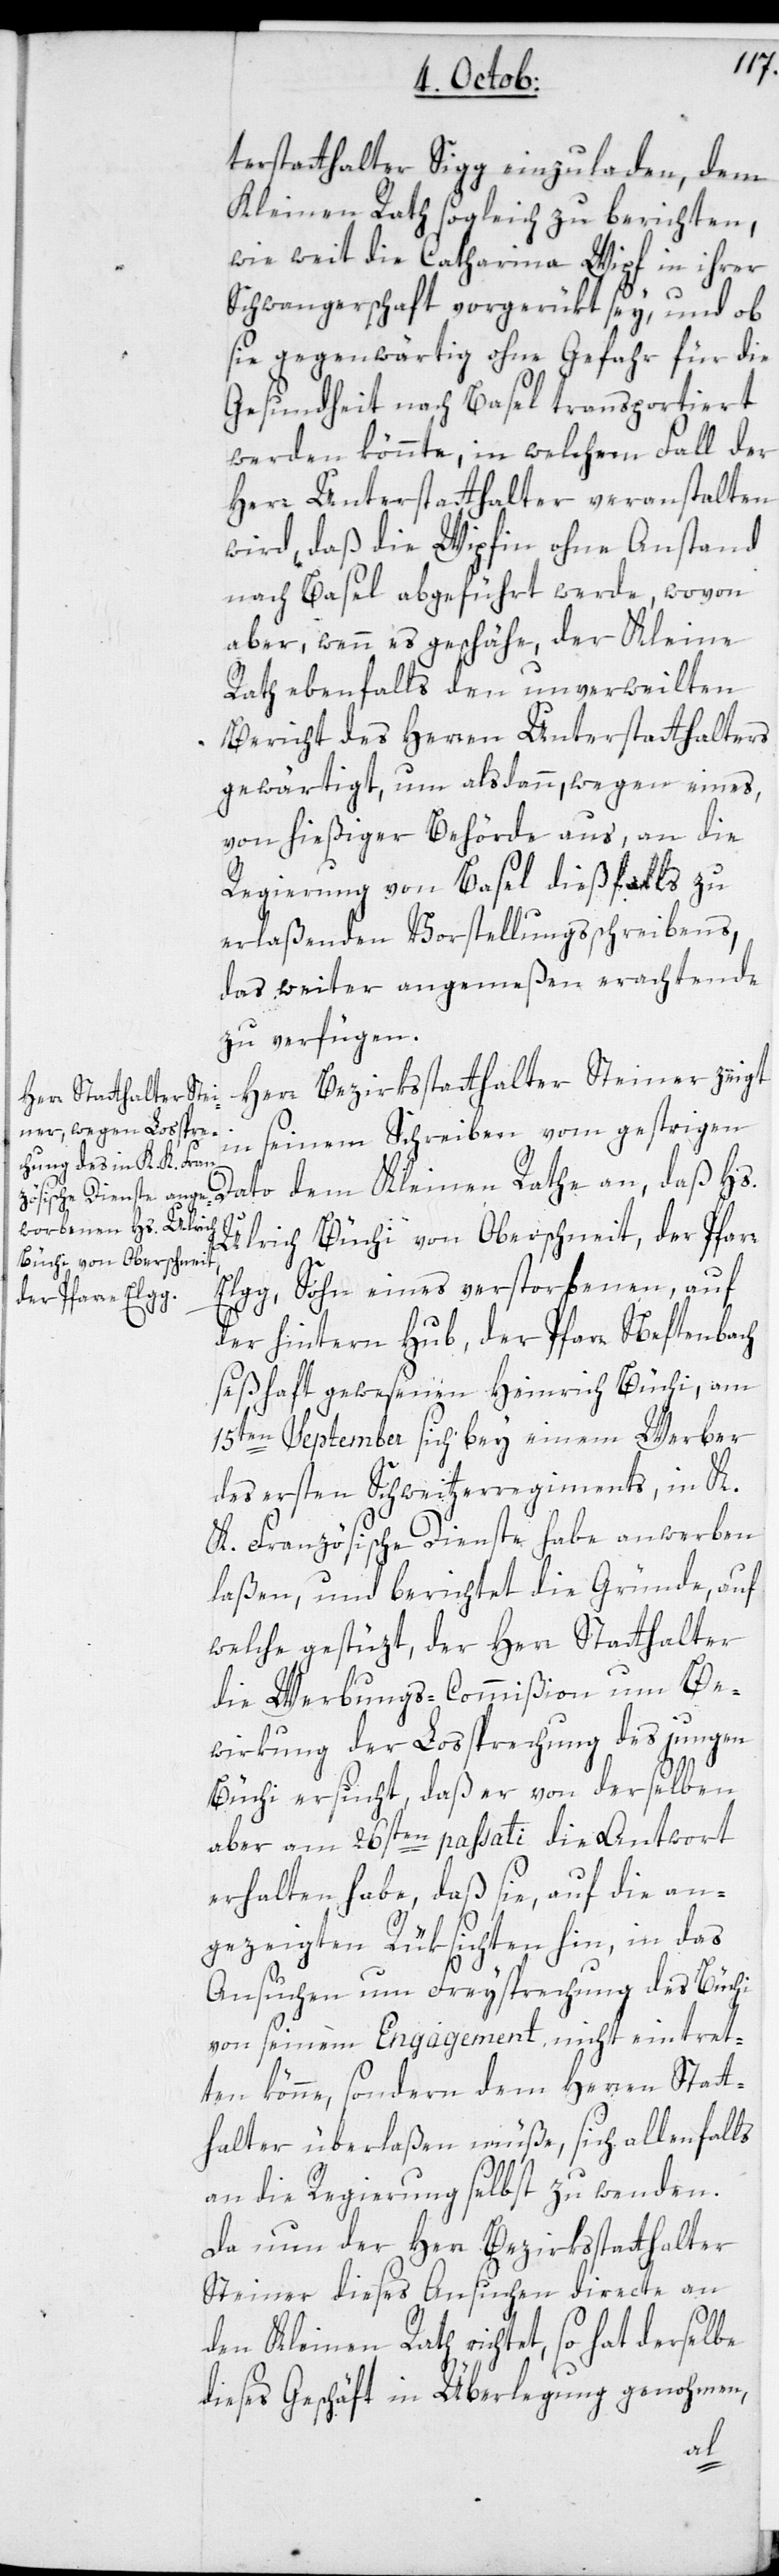
terstatthalter Sigg einzuladen, dem
Kleinen Rath sogleich zu berichten,
wie weit die Catharina Wipf in ihrer
Schwangerschaft vorgerükt sey, und ob
sie gegenwärtig ohne Gefahr für die
Gesundheit nach Basel transportiert
werden könnte, in welchem Fall der
Herr Unterstatthalter veranstalten
wird, daß die Wipfin ohne Anstand
nach Basel abgeführt werde, wovon
aber, wenn es geschähe, der Kleine
Rath ebenfalls den unverweilten
Bericht des Herren Unterstatthalters
gewärtigt, um alsdann wegen eines
von hießiger Behörde aus, an die
Regierung von Basel dießfalls zu
erlaßenden Vorstellungsschreibens,
das weiter angemeßen Erachtende
zu verfügen.
Herr Bezirksstatthalter Steiner zeigt
in seinem Schreiben vom gestrigen
Dato dem Kleinen Rathe an, daß Hs.
Ulrich Büchi von Oberschneit, der Pfarre
Elgg, Sohn eines verstorbenen, auf
der hintern Hub, der Pfarre Neftenbach
seßhaft gewesenen Heinrich Büchi, am
15ten September sich bey einem Werber
des ersten Schweitzerregiments, in K.
K. Französische Dienste habe anwerben
laßen, und berichtet die Gründe, auf
welche gestüzt, der Herr Statthalter
die Werbungs-Commißion um Be¬
wirkung der Lossprechung des jungen
Büchi ersucht, daß er von derselben
aber am 26sten passati die Antwort
erhalten habe, daß sie, auf die an¬
gezeigten Rüksichten hin, in das
Ansuchen um Freysprechung des Büchi
von seinem Engagement nicht eintret¬
ten könne, sondern dem Herren Statt¬
halter überlaßen müße, sich allenfalls
an die Regierung selbst zu wenden.
Da nun der Herr Bezirksstatthalter
Steiner dieses Ansuchen directe an
den Kleinen Rath richtet, so hat derselbe
dieses Geschäft in Überlegung genohmen,